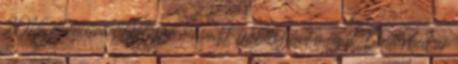
2018 ronnietoadOktóber második felében jelent meg a Disturbed új